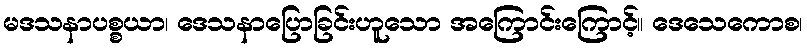
မဒသနာပစ္စယာ၊ ဒေသနာပြောခြင်းဟူသော အကြောင်းကြောင့်။ ဒေသေကောစ၊